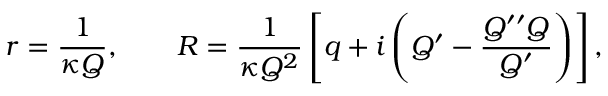
r = \frac { 1 } { \kappa Q } , \qquad R = \frac { 1 } { \kappa Q ^ { 2 } } \left[ q + i \left( Q ^ { \prime } - \frac { Q ^ { \prime \prime } Q } { Q ^ { \prime } } \right) \right] ,